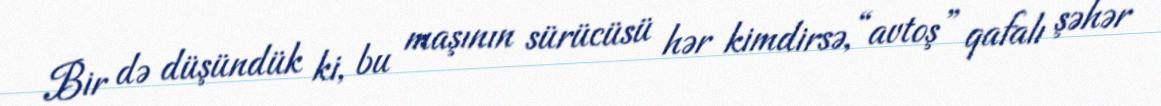
Bir də düşündük ki, bu maşının sürücüsü hər kimdirsə, “avtoş” qafalı şəhər